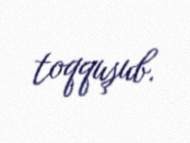
toqquşub.